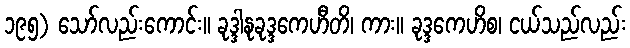
၁၉၅) သော်လည်းကောင်း။ ခုဒ္ဒါနုခုဒ္ဒကေဟီတိ၊ ကား။ ခုဒ္ဒကေဟိစ၊ ငယ်သည်လည်း